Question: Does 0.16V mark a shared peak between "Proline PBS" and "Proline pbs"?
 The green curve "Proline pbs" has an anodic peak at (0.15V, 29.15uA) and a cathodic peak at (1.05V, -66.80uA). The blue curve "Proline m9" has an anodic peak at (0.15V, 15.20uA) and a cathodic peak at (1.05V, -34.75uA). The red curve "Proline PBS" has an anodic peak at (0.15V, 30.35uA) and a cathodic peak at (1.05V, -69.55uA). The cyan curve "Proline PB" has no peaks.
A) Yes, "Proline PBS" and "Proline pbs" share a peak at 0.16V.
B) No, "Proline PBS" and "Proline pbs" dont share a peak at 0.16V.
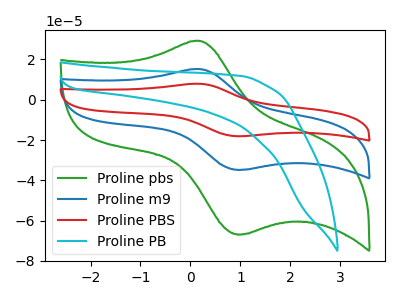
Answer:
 <answer>A) Yes, "Proline PBS" and "Proline pbs" share a peak at 0.16V.</answer>
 <eval>A</eval>